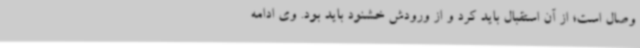
وصال است؛ از آن استقبال باید کرد و از ورودش خشنود باید بود. وی ادامه